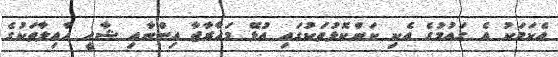
އެކަމަކު އެ ގައުމުގެ އެކި ކަންކޮޅުތަކުގައި އުޅޭ މަހާރާޖާ އިންނާއި ޝާހީ އާއިލާތަކުގެ